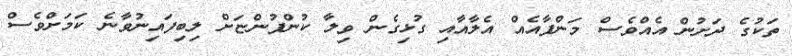
ތަކުގެ ދަށުން އެއްވެސް މަންފާއެއް އެލާއާއި ގުޅިގެން ވިލާ ކުންފުންޏަށް ލިބިފައިނުވާނެ ކަމަށްވެސް